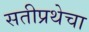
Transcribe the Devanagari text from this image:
सतीप्रथेचा